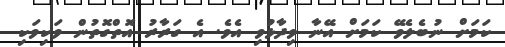
ކަމަށް ނުބެލެވޭ ކަމަށް އޭނާ ވިދާޅުވި އެވެ. އެ ގަރާރު އޮތްގޮތުން ވަކިވަކި